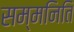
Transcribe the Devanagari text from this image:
सम्मनिति